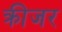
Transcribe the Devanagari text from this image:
क्रीजर